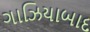
ગાઝિયાબાદ